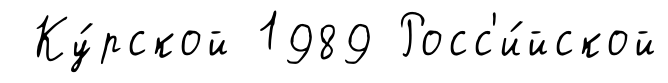
Ку́рской 1989 Росс'и́йской